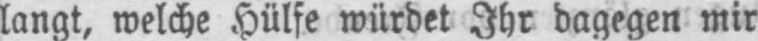
langt, welche Hülfe würdet Ihr dagegen mir